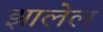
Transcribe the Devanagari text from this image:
झालेल